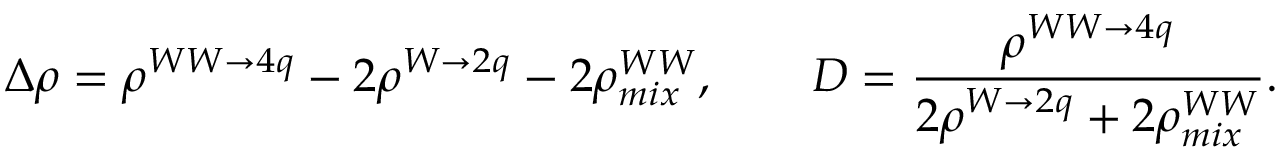
\Delta \rho = \rho ^ { W W \rightarrow 4 q } - 2 \rho ^ { W \rightarrow 2 q } - 2 \rho _ { m i x } ^ { W W } , \qquad D = \frac { \rho ^ { W W \rightarrow 4 q } } { 2 \rho ^ { W \rightarrow 2 q } + 2 \rho _ { m i x } ^ { W W } } .